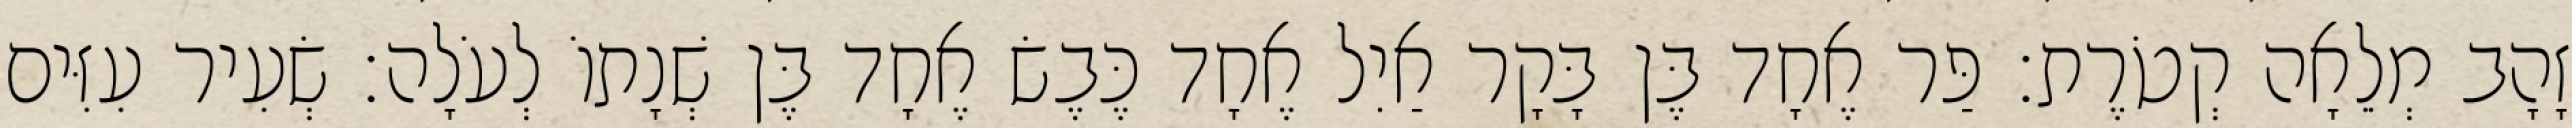
זָהָב מְלֵאָה קְטֹרֶת׃ פַּר אֶחָד בֶּן בָּקָר אַיִל אֶחָד כֶּבֶשׂ אֶחָד בֶּן שְׁנָתוֹ לְעֹלָה׃ שְׂעִיר עִזִּים